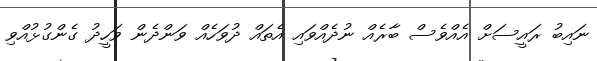
ނައިބު ރައީސަށް އެއްވެސް ބާރެއް ނުދެއްވައި އެތައް ދުވަހެއް ވަންދެން ވަހީދު ގެންގުޅުއްވި